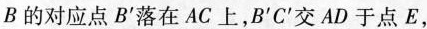
B的对应点B^{\prime}落在AC上，B^{\prime} C^{\prime}交AD于点E，